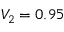
V _ { 2 } = 0 . 9 5